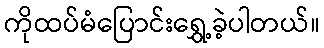
ကိုထပ်မံပြောင်းရွှေ့ခဲ့ပါတယ်။